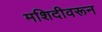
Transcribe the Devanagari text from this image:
मशिदीवरून